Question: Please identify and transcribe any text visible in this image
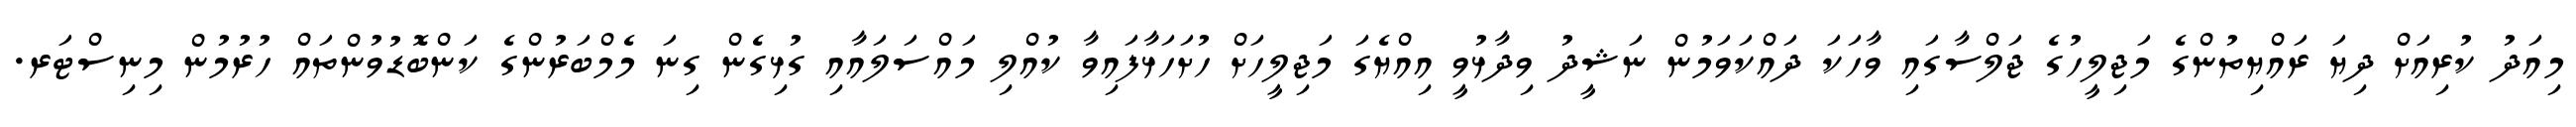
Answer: މިއަދު ކުރިއަށް ދިޔަ ރައްޔިތުންގެ މަޖިލީހުގެ ޖަލްސާގައި ވާހަކަ ދައްކަވަމުން ނަޝީދު ވިދާޅުވީ އިއްޔެގަ މަޖިލީހަށް ހުށަހަޅާފައިވާ ކުއްލި މައްސަލައާއި ގުޅިގެން ގިނަ މެމްބަރުންގެ ކަންބޮޑުވުންތައް ހުރުމުން މިނިސްޓަރ.